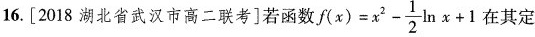
16. [2018 湖北省武汉市高二联考]若函数 $$f ( x ) = x ^ { 2 } - \frac { 1 } { 2 } ln x + 1$$ 在其定